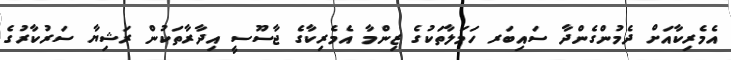
އެމެރިކާއަށް ދެމުންގެންދާ ސައިބަރ ހަމަލާތަކުގެ ޒިންމާ އެމެރިކާގެ ޖާސޫސީ އިދާރާތަކުން ރަޝިޔާ ސަރުކާރުގެ